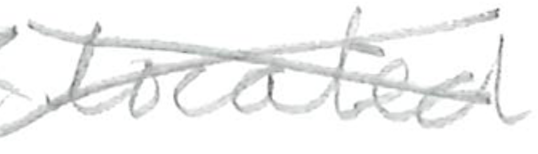
Text: located
Cross-out: cross
Writing tool: pencil